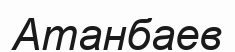
Атанбаев